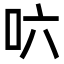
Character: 𠯿